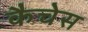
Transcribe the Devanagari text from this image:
कैचेस